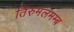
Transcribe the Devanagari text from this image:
तिरुमलमम्ब